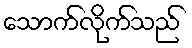
သောက်လိုက်သည်